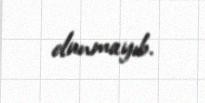
olunmayıb.